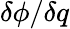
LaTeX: \delta\phi/\delta q